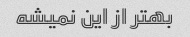
بهتر از این نمیشه